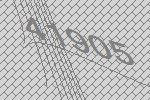
41905